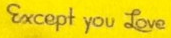
Except you Love